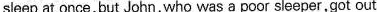
sleep at once, but John, who was a poor sleeper, got out